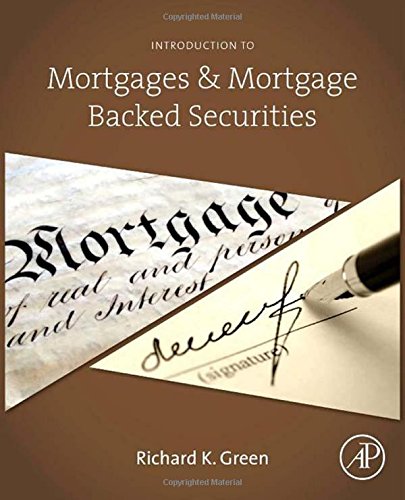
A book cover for Introduction to Mortgages & Mortgage Backed Securities; Richard K. Green; Business & Money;